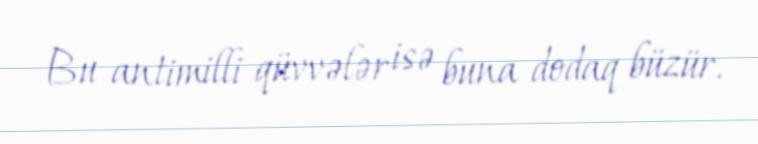
Bu antimilli qüvvələr isə buna dodaq büzür.